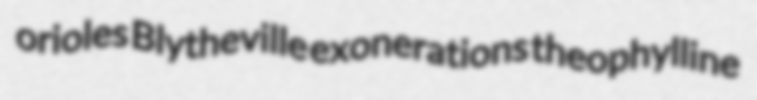
orioles Blytheville exonerations theophylline